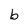
Character: b